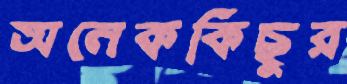
অনেককিছুর